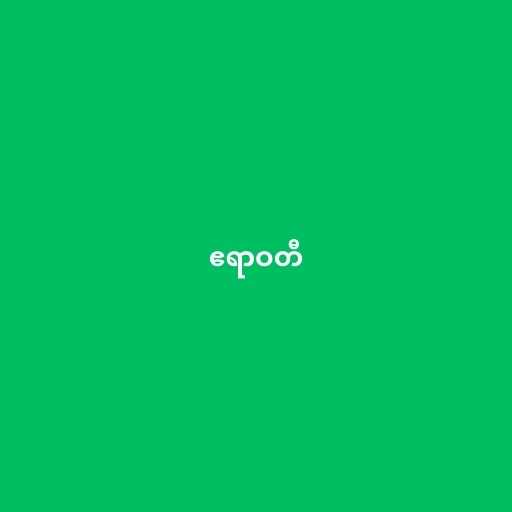
ဧရာဝတီ